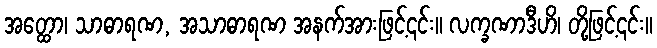
အတ္ထော၊ သာဓာရဏ, အသာဓာရဏ အနက်အားဖြင့်၎င်း။ လက္ခဏာဒီဟိ၊ တို့ဖြင့်၎င်း။